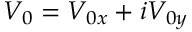
V _ { 0 } = V _ { 0 x } + i V _ { 0 y }